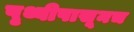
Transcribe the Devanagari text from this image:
पृथ्वीपासूनच